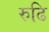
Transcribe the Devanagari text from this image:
रुढि